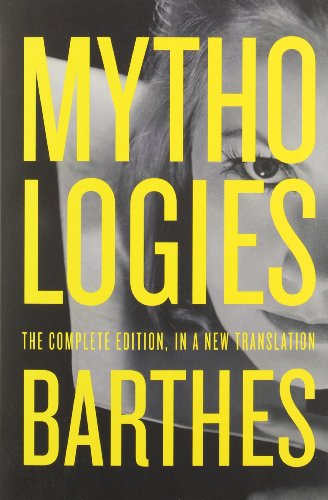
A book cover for Mythologies: The Complete Edition, in a New Translation; Roland Barthes; Literature & Fiction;